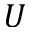
U